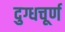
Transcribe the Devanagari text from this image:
दुग्धचूर्ण